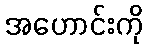
အဟောင်းကို